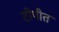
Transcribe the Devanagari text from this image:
टोपीत